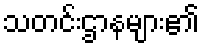
သတင်းဌာနများ၏